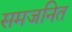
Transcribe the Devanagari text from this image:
समजनित